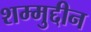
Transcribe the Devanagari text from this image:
शम्मुद्दीन